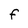
Character: F